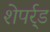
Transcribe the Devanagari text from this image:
शेपर्र्ड